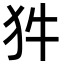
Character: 𭷽